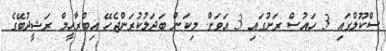
ސްކޫލްގައި 3 ހައުސް ރަށުގައި 3 އަވަށް. މިކަން ބަދަލުކުރަންޖެހޭ އިބްރާހީމް ރަޝީދުބޭގެ